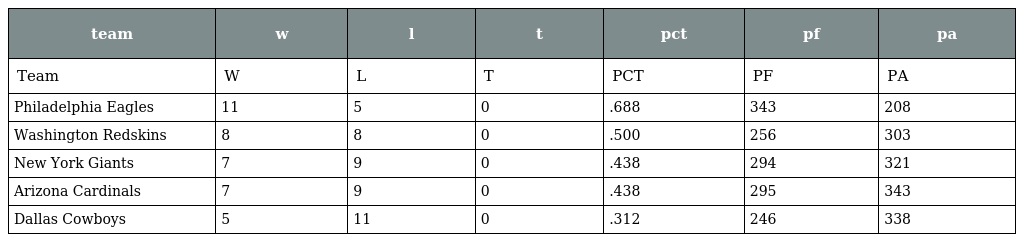
| team | w | l | t | pct | pf | pa |
 | --- | --- | --- | --- | --- | --- | --- |
 | Team | W | L | T | PCT | PF | PA |
 | Philadelphia Eagles | 11 | 5 | 0 | .688 | 343 | 208 |
 | Washington Redskins | 8 | 8 | 0 | .500 | 256 | 303 |
 | New York Giants | 7 | 9 | 0 | .438 | 294 | 321 |
 | Arizona Cardinals | 7 | 9 | 0 | .438 | 295 | 343 |
 | Dallas Cowboys | 5 | 11 | 0 | .312 | 246 | 338 |